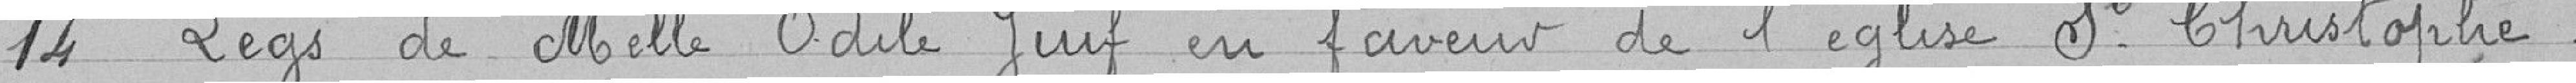
14. Legs de Melle Odile JUIF en faveur de l'église St Christophe